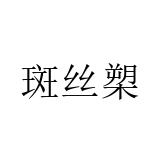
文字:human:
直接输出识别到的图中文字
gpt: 斑丝槊